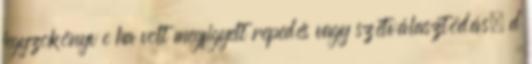
jegyzõkönyv c ha volt megfigyelt repedés vagy szétválasztódás; d